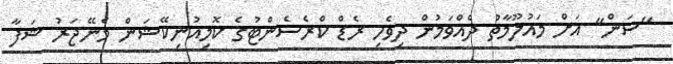
"ސަން" އަށް މައުލޫމާތު ދެއްވަމުން ދިވެހި ރެޑް ކްރެސެންޓުގެ ކޮމިއުނިކޭޝަން މެނޭޖަރު ޝަފާ